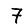
Digit: 7